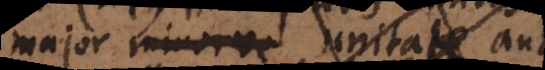
majores sint unitate an